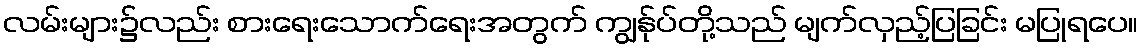
လမ်းများ၌လည်း စားရေးသောက်ရေးအတွက် ကျွန်ုပ်တို့သည် မျက်လှည့်ပြခြင်း မပြုရပေ။